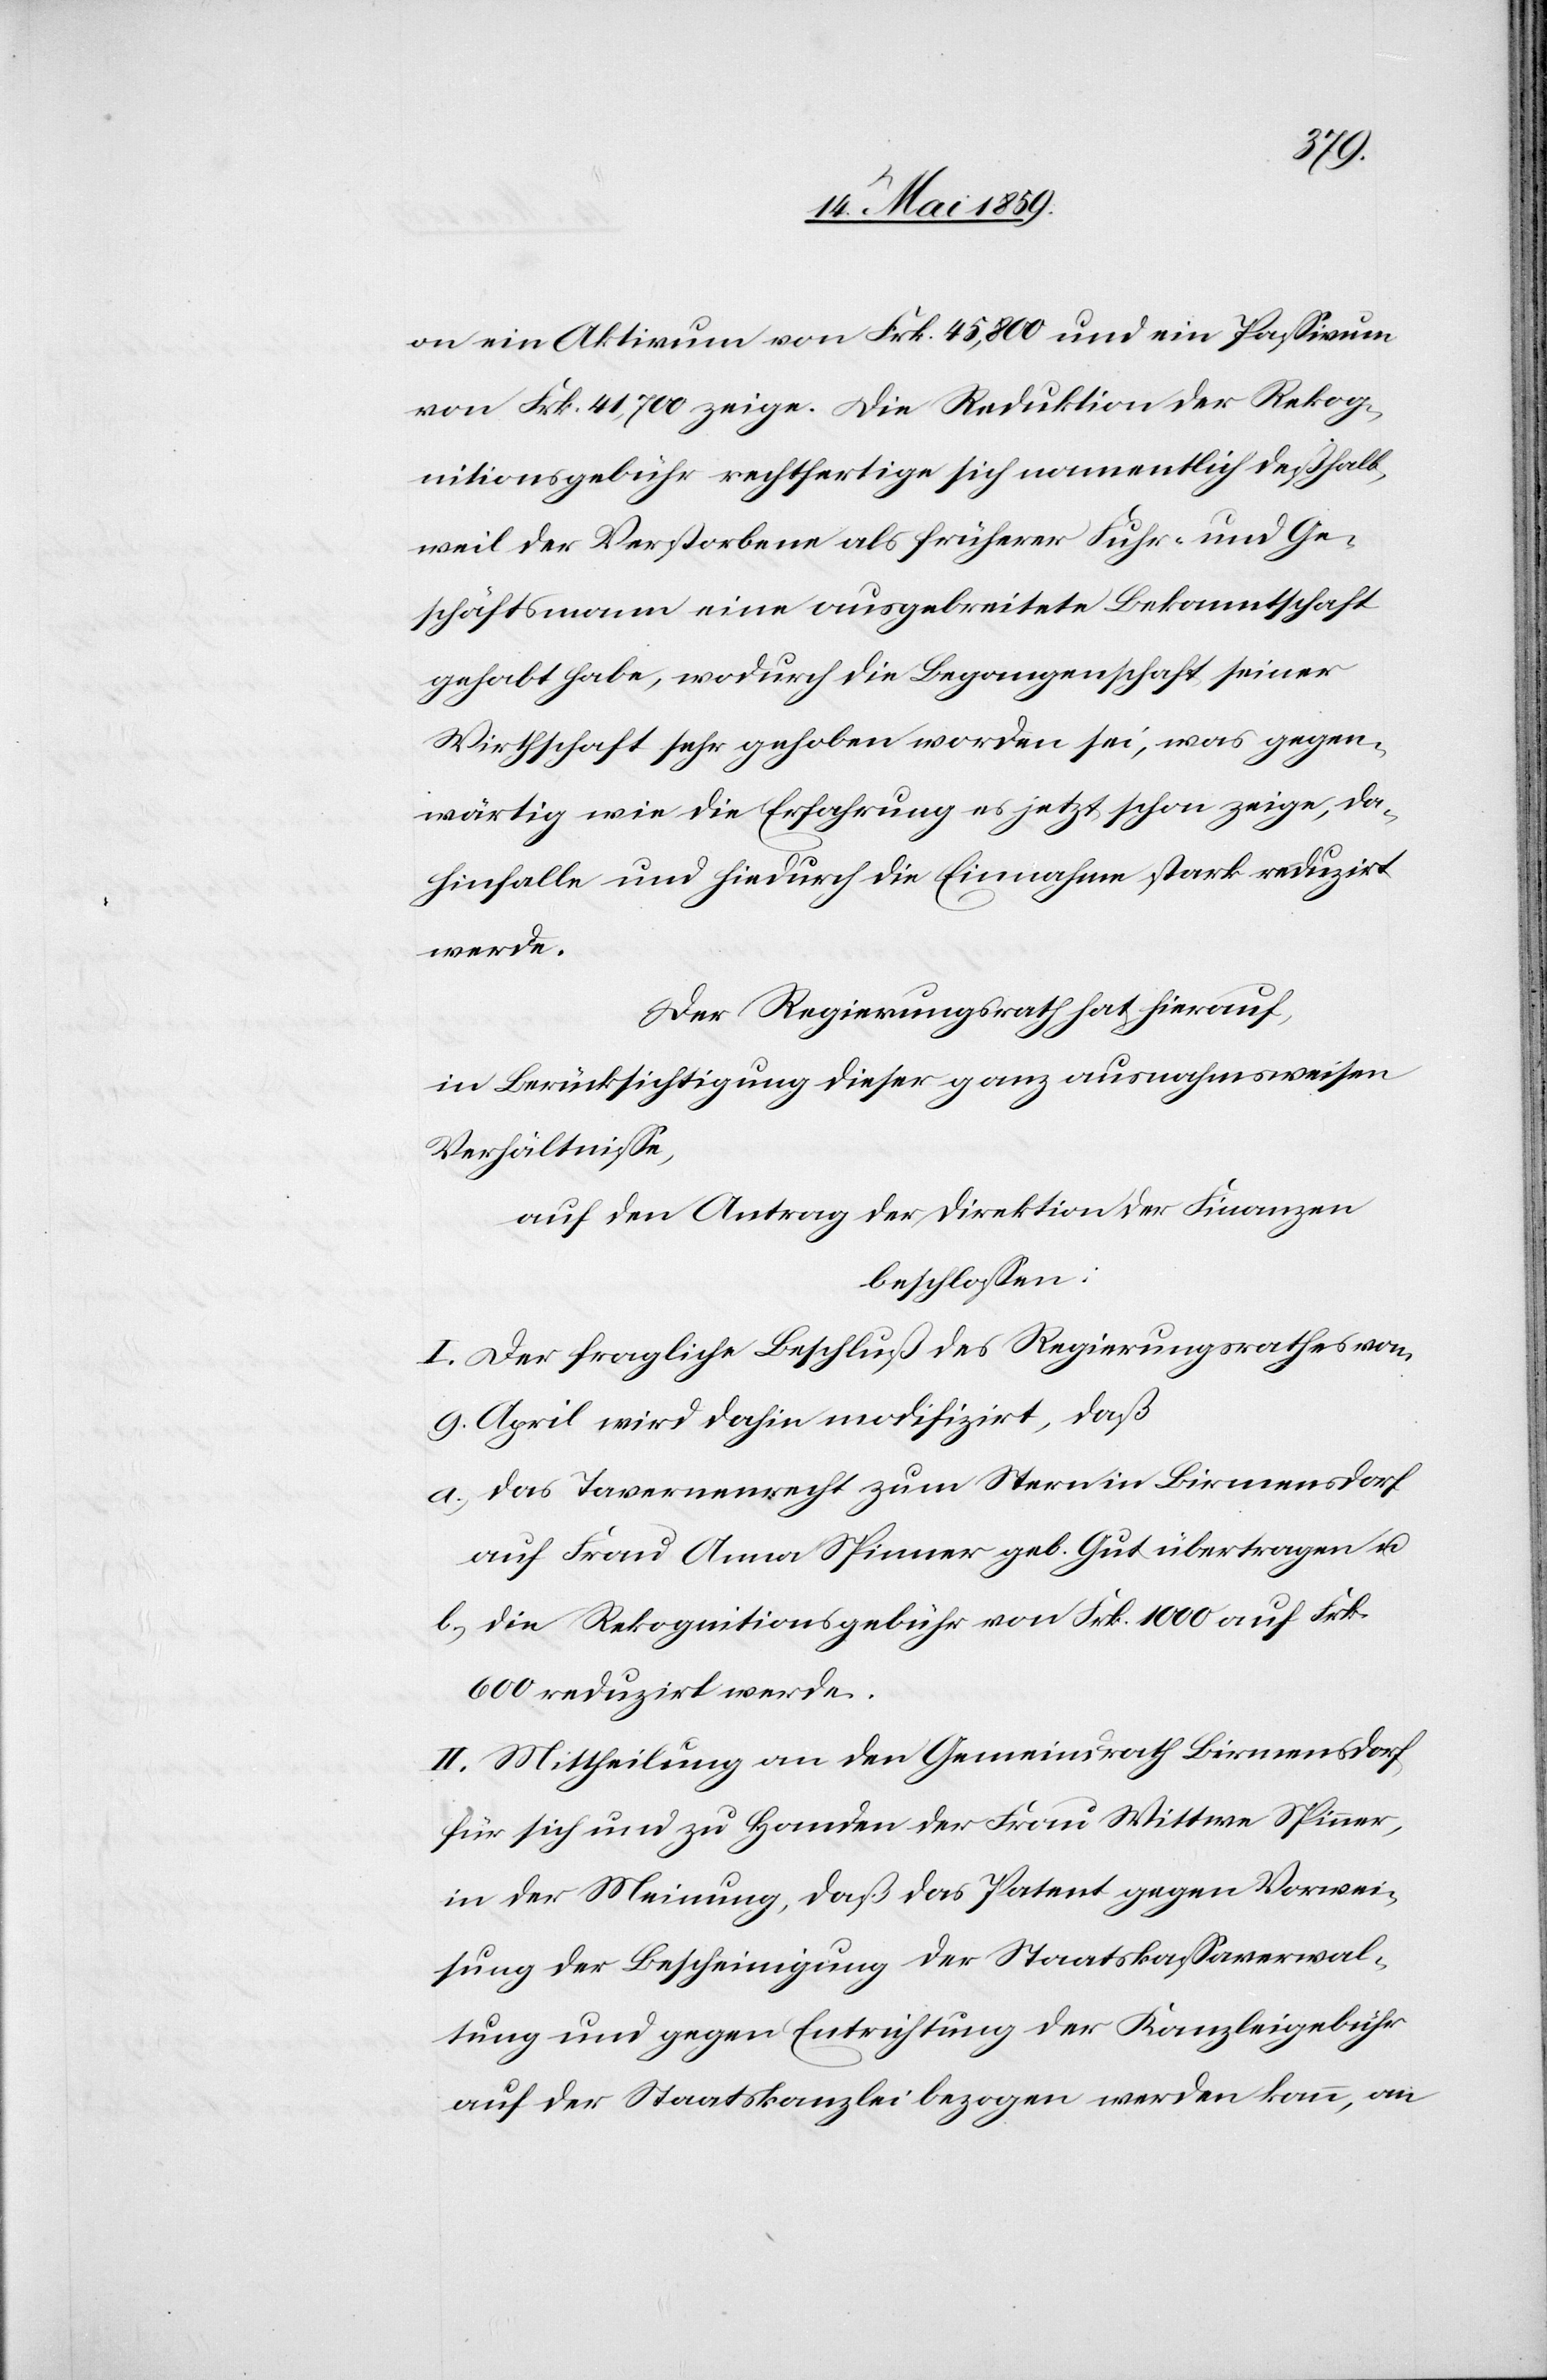
on ein Aktivum von Frk. 45,800 und ein Paßivum
von Frk. 41,700 zeige. Die Reduktion der Rekog¬
nitionsgebühr rechtfertige sich namentlich deßhalb,
weil der Verstorbene als früherer Fuhr- und Ge¬
schäftsmann eine ausgebreitete Bekanntschaft
gehabt habe, wodurch die Begangenschaft seiner
Wirthschaft sehr gehoben worden sei, was gegen¬
wärtig wie die Erfahrung es jetzt zeige, da¬
hinfalle und hiedurch die Einnahme stark reduzirt
werde.
Der Regierungsrath hat hierauf,
in Berücksichtigung dieser ganz ausnahmsweisen
Verhältniße,
auf den Antrag der Direktion der Finanzen
beschloßen:
I. Der fragliche Beschluß des Regierungsrathes vom
9. April wird dahin modifizirt, daß
a) das Tavernenrecht zum Stern in Birmensdorf
auf Frau Anna Spinner geb. Gut übertragen u.
b) die Rekognitionsgebühr von Frk. 1000 auf Frk.
600 reduzirt werde.
II. Mittheilung an den Gemeindrath Birmensdorf
für sich und zu Handen der Frau Wittwe Spinner,
in der Meinung, daß das Patent gegen Vorwei¬
sung der Bescheinigung der Staatskaßaverwal¬
tung und gegen Entrichtung der Kanzleigebühr
auf der Staatskanzlei bezogen werden kann, an